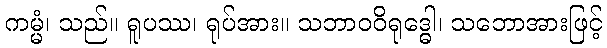
ကမ္မံ၊ သည်။ ရူပဿ၊ ရုပ်အား။ သဘာဝဝိရုဒ္ဓေါ၊ သဘောအားဖြင့်